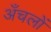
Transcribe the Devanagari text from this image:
अँचलों